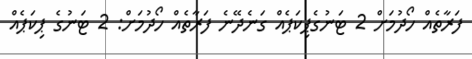
ފަރާތެއް ހޯދުމަށް 2 ޓަނުގެޕިކަޕެއް ގަނެދޭނެ ފަރާތެއް ހޯދުމަށް: 2 ޓަނުގެ ޕިކަޕެއް